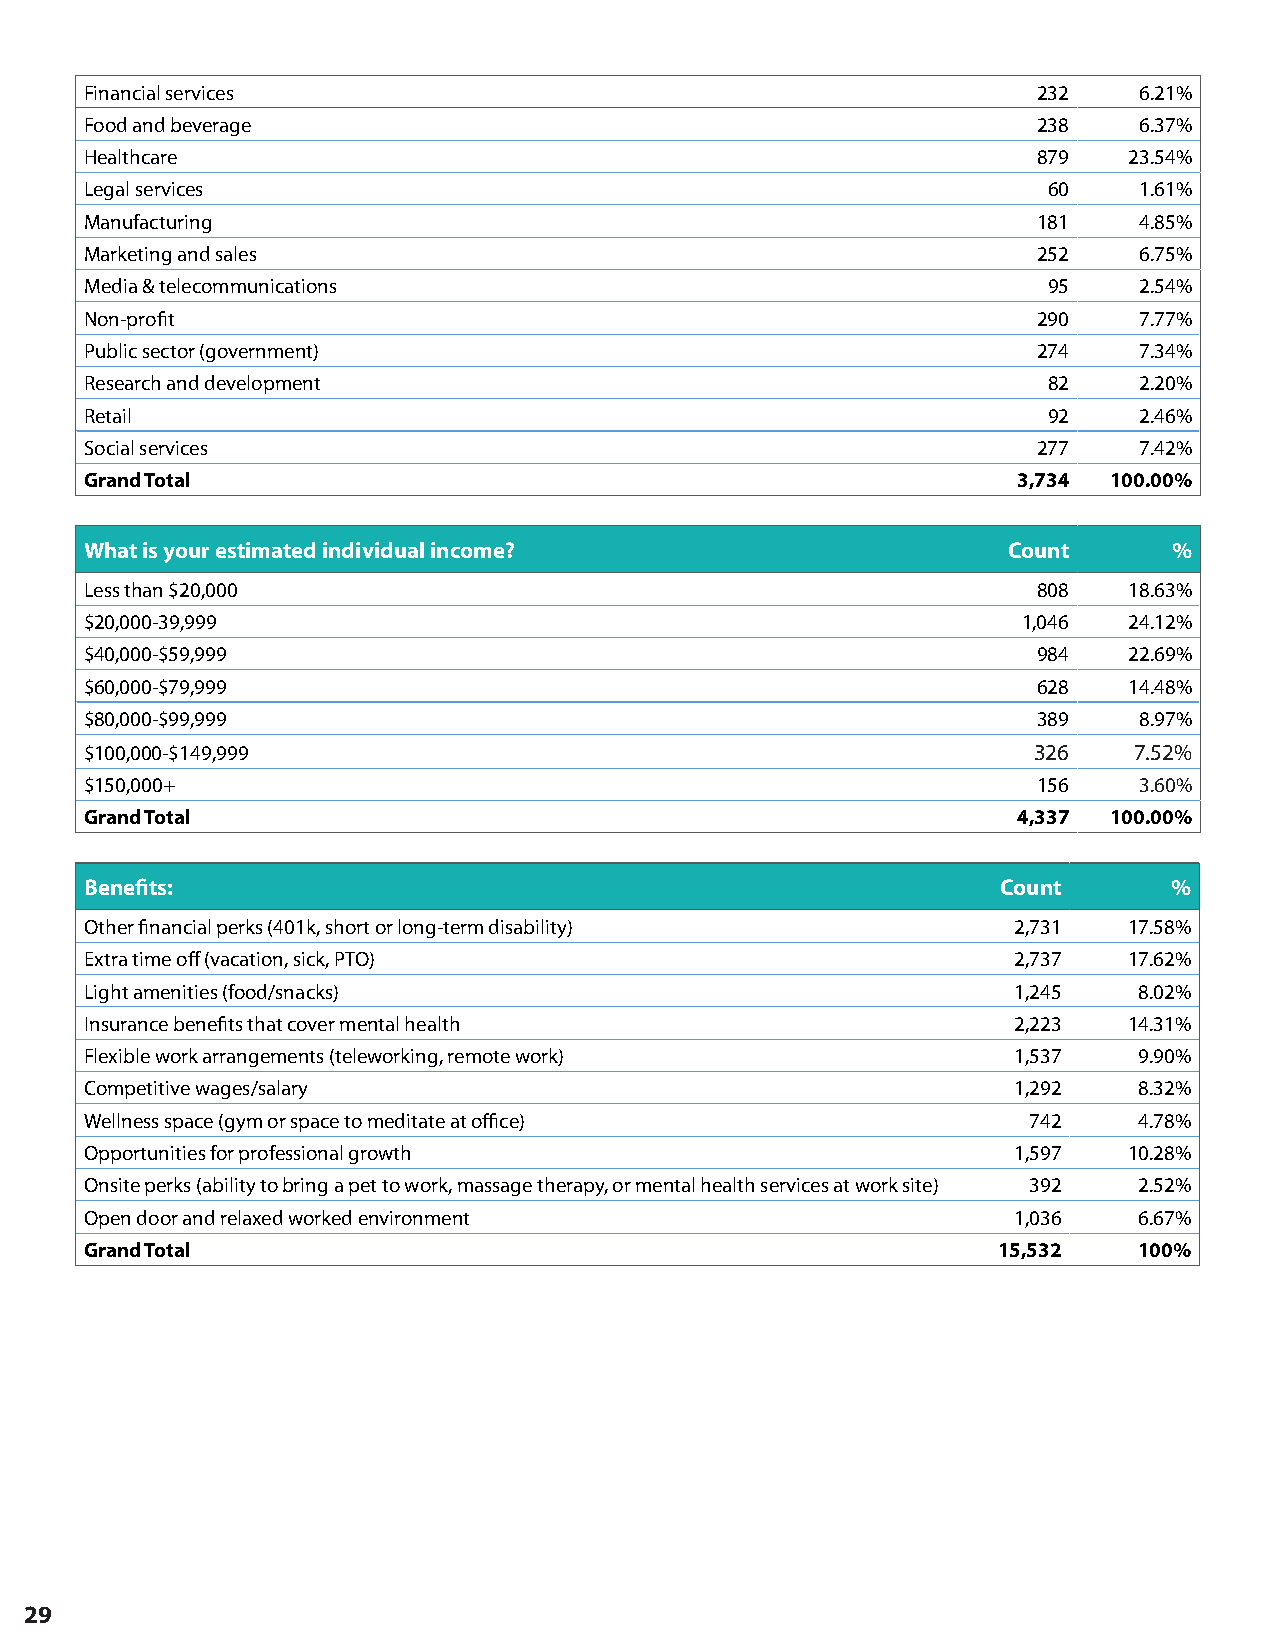
Financial services                                             232   6.21%
 Food and beverage                                              238   6.37%
 Healthcare                                                     879   23.54%
 Legal services                                                 60    1.61%
 Manufacturing                                                  181   4.85%
 Marketing and sales                                            252   6.75%
 Media & telecommunications                                     95    2.54%
 Non-profit                                                     290   7.77%
 Public sector (government)                                     274   7.34%
 Research and development                                       82    2.20%
 Retail                                                         92    2.46%
 Social services                                                277   7.42%
 Grand Total                                                  3,734  100.00%
 What is your estimated individual income?                    Count      %
 Less than $20,000                                              808   18.63%
 $20,000-39,999                                                1,046  24.12%
 $40,000-$59,999                                                984   22.69%
 $60,000-$79,999                                                628   14.48%
 $80,000-$99,999                                                389   8.97%
 $100,000-$149,999                                             326    7.52%
 $150,000+                                                      156   3.60%
 Grand Total                                                  4,337  100.00%
 Benefits:                                                   Count       %
 Other financial perks (401k, short or long-term disability)  2,731   17.58%
 Extra time off (vacation, sick, PTO)                         2,737   17.62%
 Light amenities (food/snacks)                                1,245   8.02%
 Insurance benefits that cover mental health                  2,223   14.31%
 Flexible work arrangements (teleworking, remote work)        1,537   9.90%
 Competitive wages/salary                                     1,292   8.32%
 Wellness space (gym or space to meditate at office)           742    4.78%
 Opportunities for professional growth                        1,597   10.28%
 Onsite perks (ability to bring a pet to work, massage therapy, or mental health services at work site) 392 2.52%
 Open door and relaxed worked environment                     1,036   6.67%
 Grand Total                                                 15,532   100%
 29